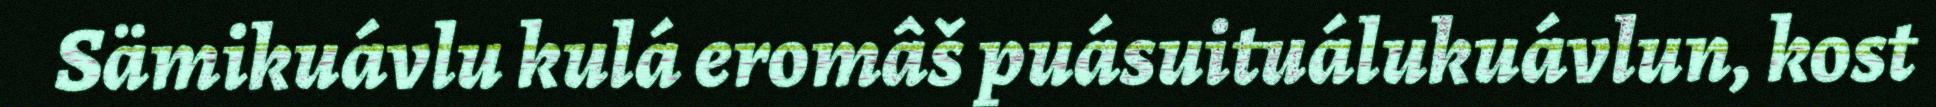
Sämikuávlu kulá eromâš puásuituálukuávlun, kost